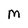
Character: M